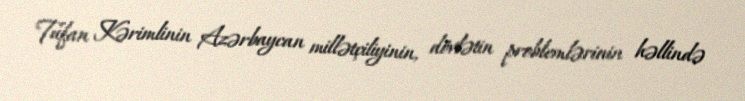
Tufan Kərimlinin Azərbaycan millətçiliyinin, dövlətin problemlərinin həllində